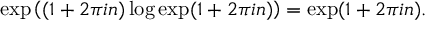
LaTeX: \exp \left( ( 1 + 2 \pi i n ) \log \exp ( 1 + 2 \pi i n ) \right) = \exp ( 1 + 2 \pi i n ) .